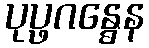
ပုပ္ဖဂန္ဓေန